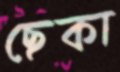
ছেকা